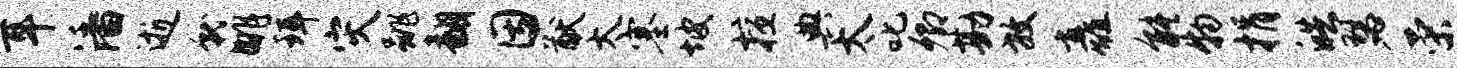
耳潘逝就眺珥灾跳翻因猷太塞坡擅典太叱卿勘放矗能物捐皓瑟荣抽